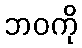
ဘဝကို